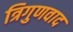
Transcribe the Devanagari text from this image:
त्रिगुणवाद